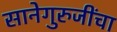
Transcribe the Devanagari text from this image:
सानेगुरुजींचा